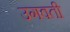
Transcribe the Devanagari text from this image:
उगवती